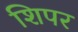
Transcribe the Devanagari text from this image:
शिपर